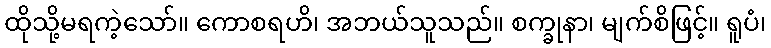
ထိုသို့မရကဲ့သော်။ ကောစရဟိ၊ အဘယ်သူသည်။ စက္ခုနာ၊ မျက်စိဖြင့်။ ရူပံ၊